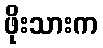
ဖိုးသားက